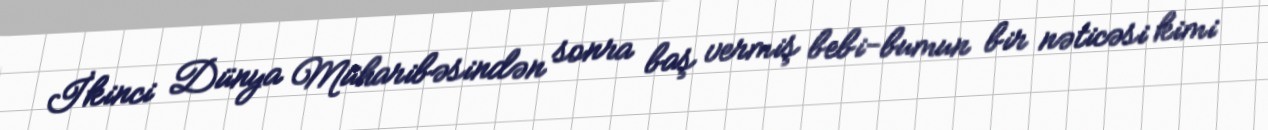
İkinci Dünya Müharibəsindən sonra baş vermiş bebi-bumun bir nəticəsi kimi